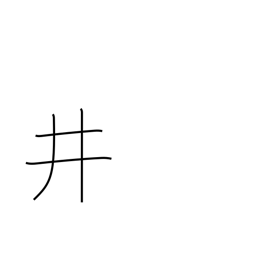
Meaning: well crib